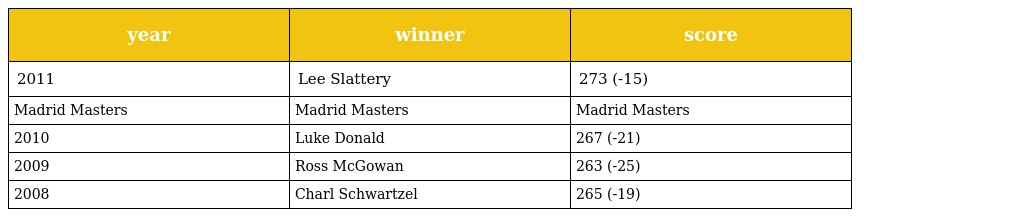
| year | winner | score |
 | --- | --- | --- |
 | 2011 | Lee Slattery | 273 (-15) |
 | Madrid Masters | Madrid Masters | Madrid Masters |
 | 2010 | Luke Donald | 267 (-21) |
 | 2009 | Ross McGowan | 263 (-25) |
 | 2008 | Charl Schwartzel | 265 (-19) |